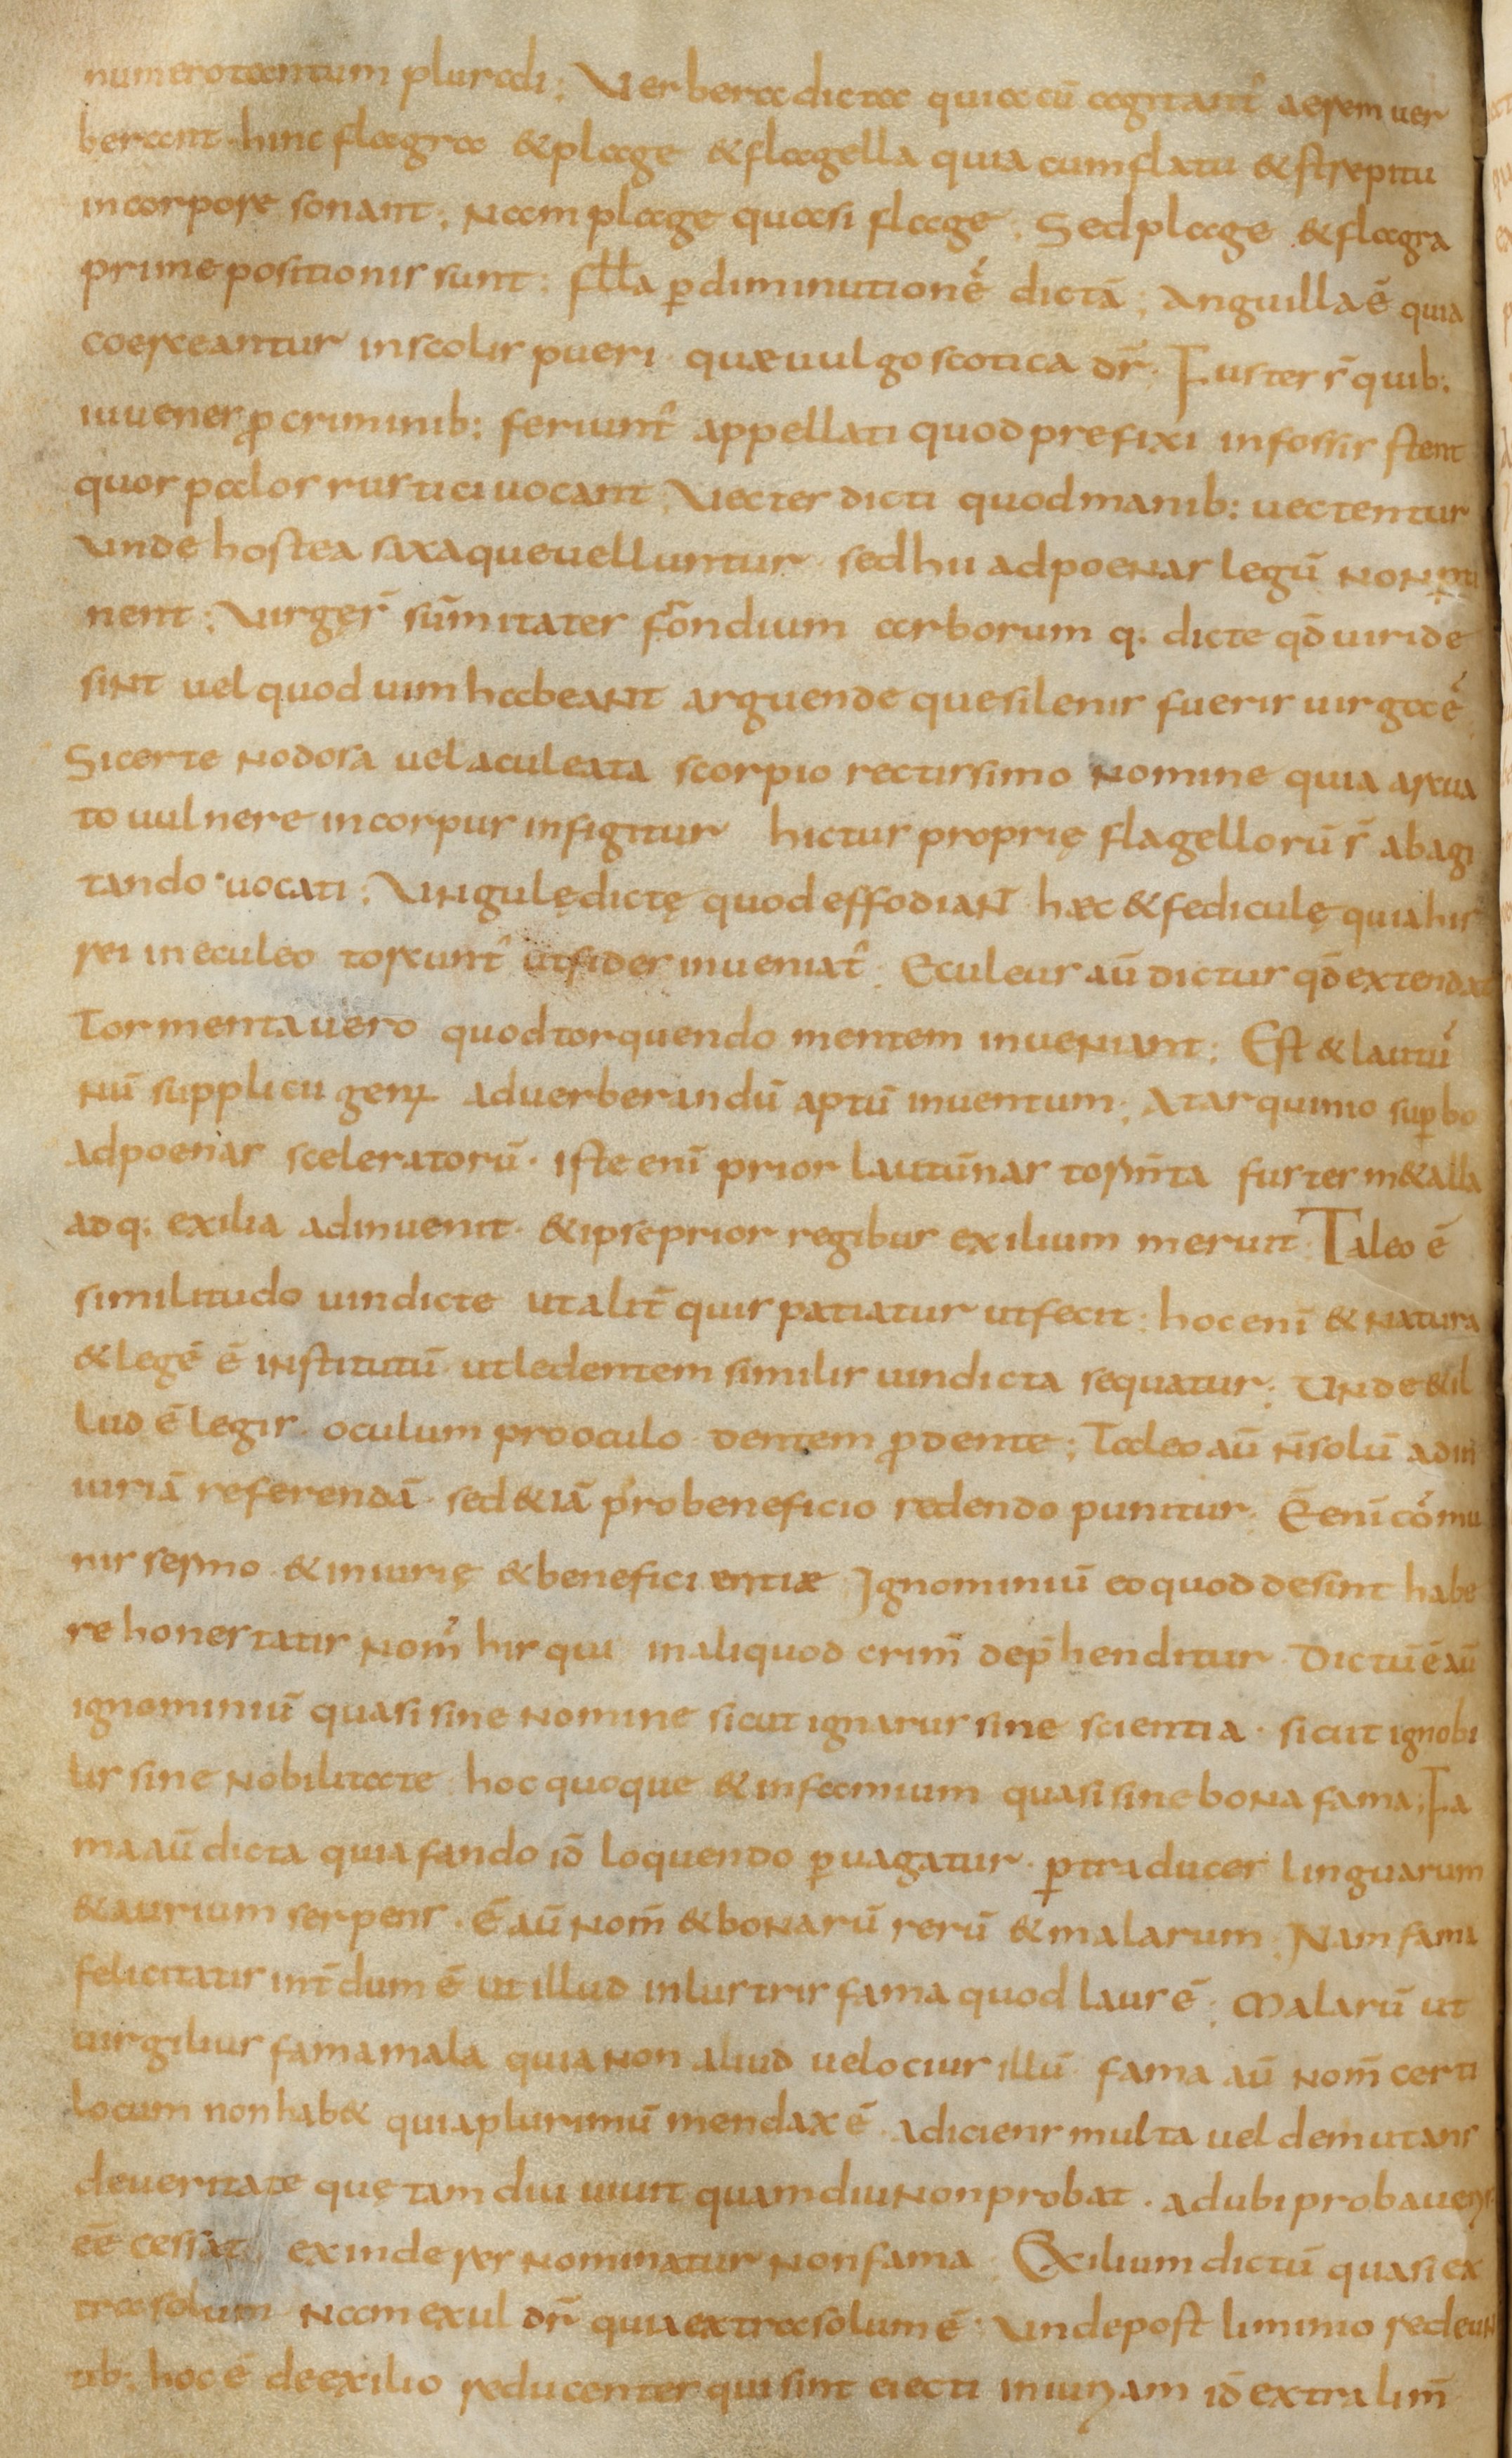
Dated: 800–824